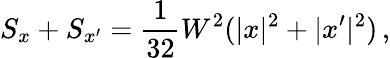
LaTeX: S_{x}+S_{x^{\prime}}=\frac{1}{32}W^{2}(|x|^{2}+|x^{\prime}|^{2})\, ,